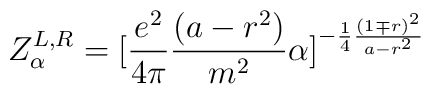
Z^{L,R}_\alpha = [{e^2 \over 4\pi} {(a-r^2) \over m^2}  \alpha ]^{-{1\over 4}{(1 \mp r)^2 \over a-r^2}}